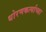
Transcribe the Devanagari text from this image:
धोरणकर्त्याच्या